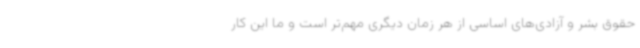
حقوق بشر و آزادی‌های اساسی از هر زمان دیگری مهم‌تر است و ما این کار